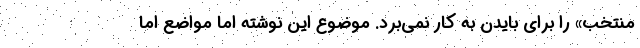
منتخب» را برای بایدن به کار نمی‌برد. موضوع این نوشته اما مواضع اما